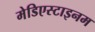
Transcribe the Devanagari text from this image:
मेडिएस्टाइनम